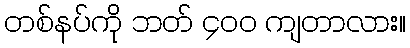
တစ်နပ်ကို ဘတ် ၄၀၀ ကျတာလား။